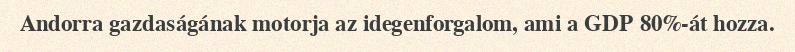
Andorra gazdaságának motorja az idegenforgalom, ami a GDP 80%-át hozza.